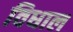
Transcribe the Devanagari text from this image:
विधाल